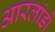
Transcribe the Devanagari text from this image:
आरलांडो